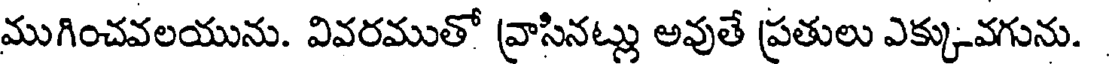
ముగించవలయును. వివరముతో వ్రాసినట్లు అవుతే ప్రతులు ఎక్కువగును.